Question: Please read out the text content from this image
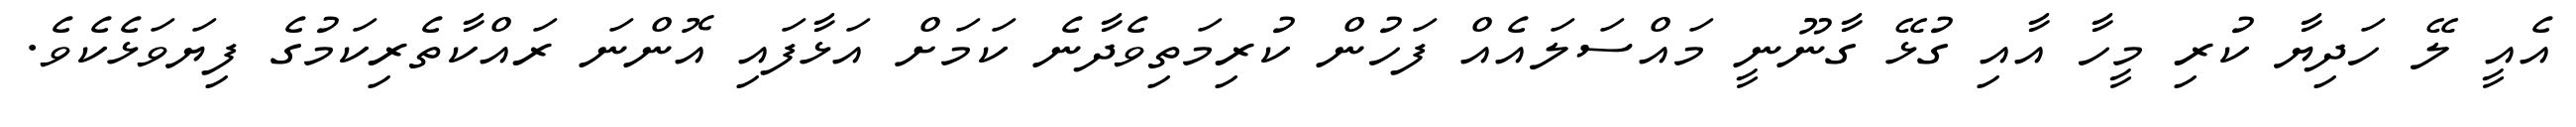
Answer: އެއީ ލޭ ހަދިޔާ ކުރި މީހާ އާއި ގުޅޭ ގާނޫނީ މައްސަލައެއް ފަހުން ކުރިމަތިވެދާނެ ކަމަށް އަޅާފައި އޮންނަ ރައްކާތެރިކަމުގެ ފިޔަވަޅެކެވެ.